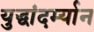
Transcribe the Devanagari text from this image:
युद्धांदर्म्यान